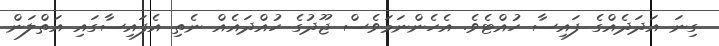
ގިނަ އަދަދެއްގެ ފައިސާ ހުއްޓެވެ. އެހެންނަމަވެސް ޖޫދުގެ ހުއްދައެއް ނެތި އެފައިސާގައި އަތްލަން